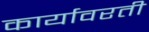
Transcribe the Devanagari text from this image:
कार्यावरती